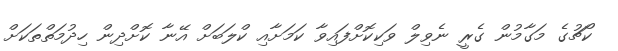
ކޯޗުގެ މަގާމުން ގެރީ ނެވިލް ވަކިކޮށްފައިވާ ކަމަށާއި ކްލަބަށް އޭނާ ކޮށްދިން ހިދުމަތްތަކަށް